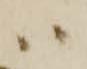
ハ